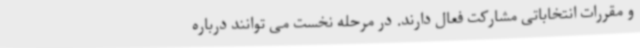
و مقررات انتخاباتی مشارکت فعال دارند. در مرحله نخست می توانند درباره